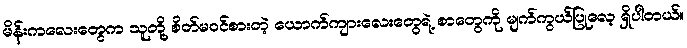
မိန်းကလေးတွေက သူတို့ စိတ်မဝင်စားတဲ့ ယောက်ကျားလေးတွေရဲ့ စာတွေကို မျက်ကွယ်ပြုလေ့ ရှိပါတယ်။